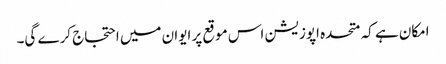
امکان ہے کہ متحدہ اپوزیشن اس موقع پر ایوان میں احتجاج کرے گی۔